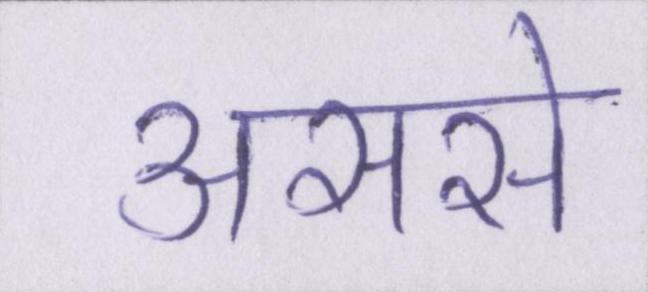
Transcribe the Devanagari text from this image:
अरसे